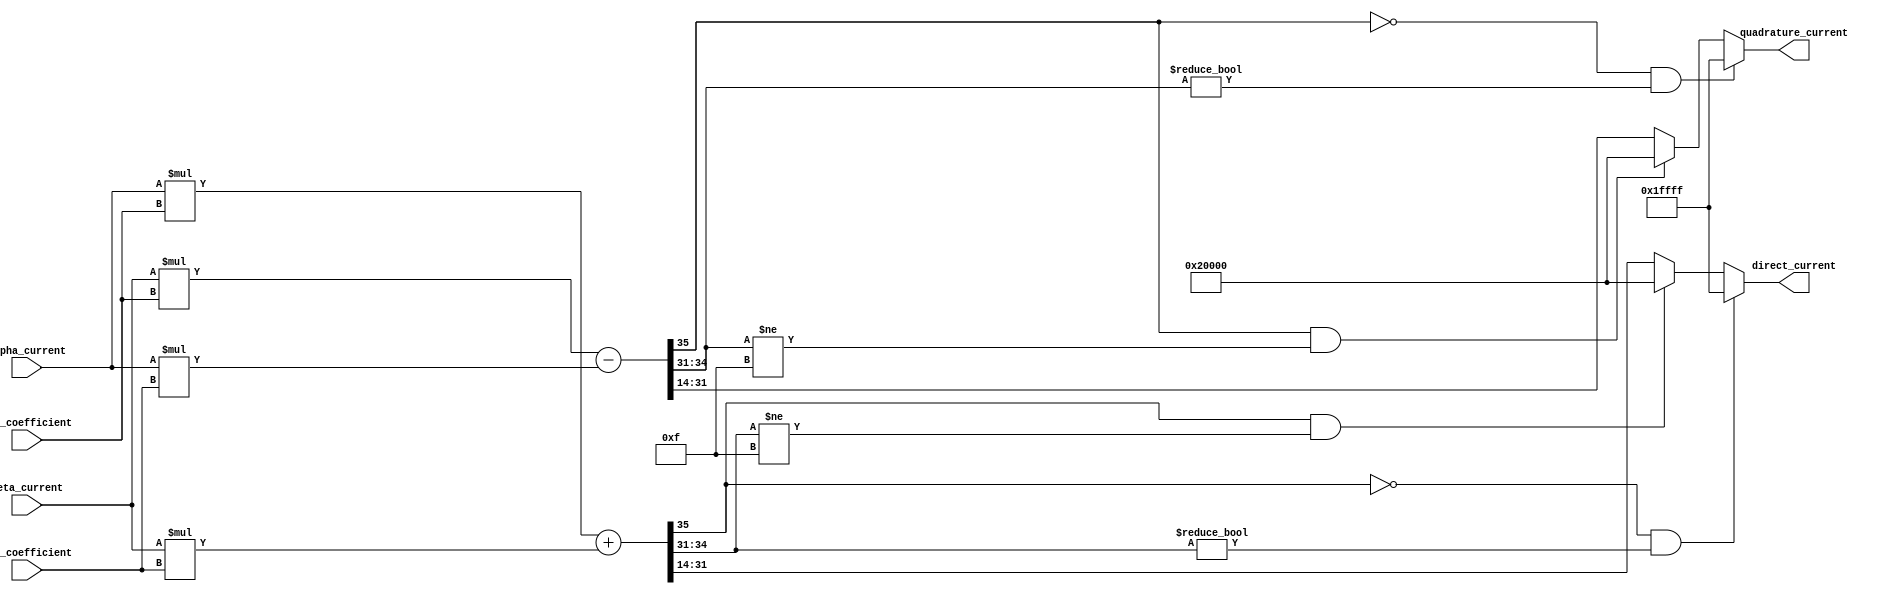
module velocityControlHdl_Park_Transform
          (
           sin_coefficient,
           cos_coefficient,
           alpha_current,
           beta_current,
           direct_current,
           quadrature_current
          );
  input   signed [17:0] sin_coefficient;  
  input   signed [17:0] cos_coefficient;  
  input   signed [17:0] alpha_current;  
  input   signed [17:0] beta_current;  
  output  signed [17:0] direct_current;  
  output  signed [17:0] quadrature_current;  
  wire signed [35:0] Product2_out1;  
  wire signed [35:0] Product3_out1;  
  wire signed [35:0] Add1_out1;  
  wire signed [17:0] D_Data_Type_out1;  
  wire signed [35:0] Product1_out1;  
  wire signed [35:0] Product_out1;  
  wire signed [35:0] Add_out1;  
  wire signed [17:0] Q_Data_Type_out1;  
  assign Product2_out1 = alpha_current * cos_coefficient;
  assign Product3_out1 = beta_current * sin_coefficient;
  assign Add1_out1 = Product2_out1 + Product3_out1;
  assign D_Data_Type_out1 = ((Add1_out1[35] == 1'b0) && (Add1_out1[34:31] != 4'b0000) ? 18'sb011111111111111111 :
              ((Add1_out1[35] == 1'b1) && (Add1_out1[34:31] != 4'b1111) ? 18'sb100000000000000000 :
              $signed(Add1_out1[31:14])));
  assign direct_current = D_Data_Type_out1;
  assign Product1_out1 = beta_current * cos_coefficient;
  assign Product_out1 = alpha_current * sin_coefficient;
  assign Add_out1 = Product1_out1 - Product_out1;
  assign Q_Data_Type_out1 = ((Add_out1[35] == 1'b0) && (Add_out1[34:31] != 4'b0000) ? 18'sb011111111111111111 :
              ((Add_out1[35] == 1'b1) && (Add_out1[34:31] != 4'b1111) ? 18'sb100000000000000000 :
              $signed(Add_out1[31:14])));
  assign quadrature_current = Q_Data_Type_out1;
endmodule